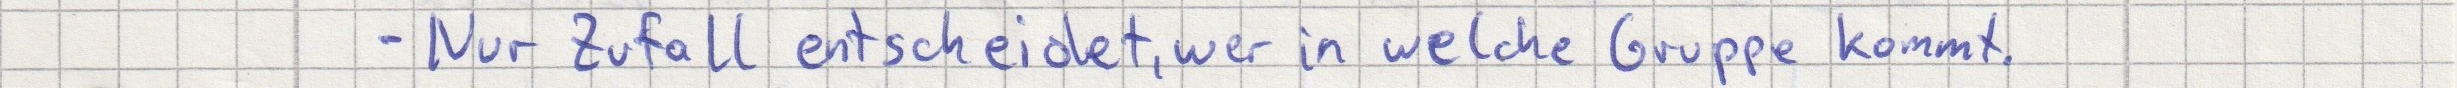
- Nur Zufall entscheidet, wer in welche Gruppe kommt.